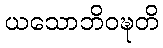
ယသောဘိဝဍ္ဎတိ